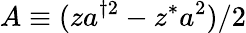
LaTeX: A\equiv(za^{\dagger 2}-z^{*}a^{2})/2